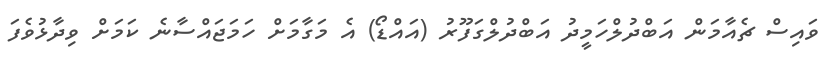
ވައިސް ޗެއާމަން އަބްދުލްހަމީދު އަބްދުލްގަފޫރު (އައްޑޯ) އެ މަގާމަށް ހަމަޖައްސާނެ ކަމަށް ވިދާޅުވެފަ